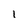
Character: 1